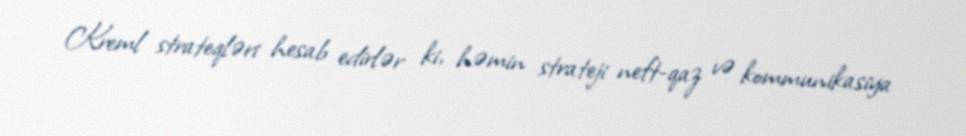
Kreml strateqləri hesab edirlər ki, həmin strateji neft-qaz və kommunikasiya